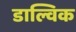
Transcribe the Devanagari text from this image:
डाल्विक